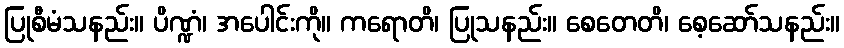
ပြုစီမံသနည်း။ ပိဏ္ဍံ၊ အပေါင်းကို။ ကရောတိ၊ ပြုသနည်း။ စေတေတိ၊ စေ့ဆော်သနည်း။